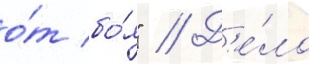
о́т бо́я" // Д'е́ло